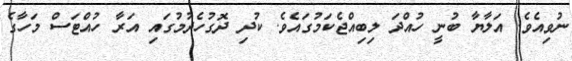
ނުވިއެވެ. އަލާޔާ ބުނީ ހުއްދަ ލިބިއްޖެކަމުގައެވެ. ކުދި ދޮގުހެދުމުގައި އަރާ ހުއްޓަސް މަހާގެ